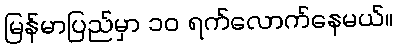
မြန်မာပြည်မှာ ၁၀ ရက်လောက်နေမယ်။